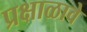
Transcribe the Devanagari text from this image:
प्रक्षाळावे